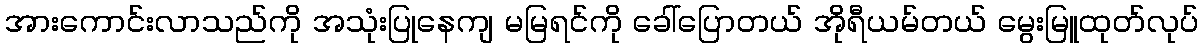
အားကောင်းလာသည်ကို အသုံးပြုနေကျ မမြရင်ကို ခေါ်ပြောတယ် အိုရီယမ်တယ် မွေးမြူထုတ်လုပ်